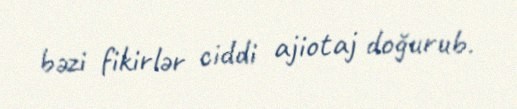
bəzi fikirlər ciddi ajiotaj doğurub.